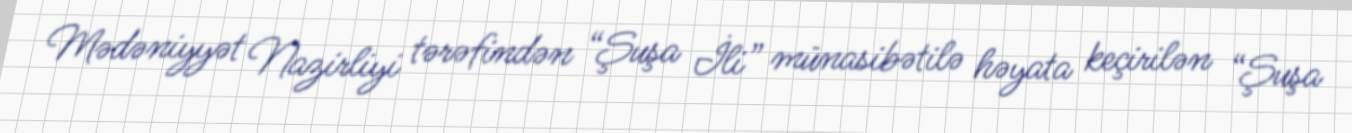
Mədəniyyət Nazirliyi tərəfindən “Şuşa İli” münasibətilə həyata keçirilən “Şuşa